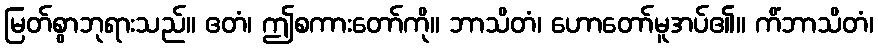
မြတ်စွာဘုရားသည်။ ဧတံ၊ ဤစကားတော်ကို။ ဘာသိတံ၊ ဟောတော်မူအပ်၏။ ကိံဘာသိတံ၊